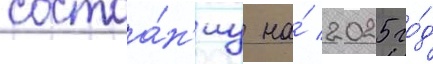
состоа́н'иу на́ 2025 го́д